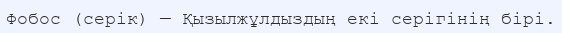
Фобос (серік) — Қызылжұлдыздың екі серігінің бірі.